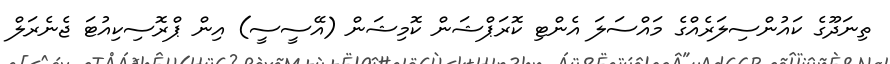
ތިނަދޫގެ ކައުންސިލަރެއްގެ މައްސަލަ އެންޓި ކޮރަޕްޝަން ކޮމިޝަން (އޭސީސީ) އިން ޕްރޮސިކިއުޓަ ޖެނެރަލް